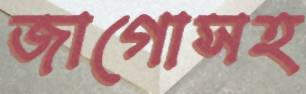
জাগোসহ